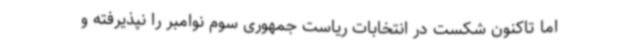
اما تاکنون شکست در انتخابات ریاست جمهوری سوم نوامبر را نپذیرفته و